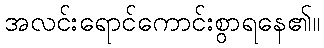
အလင်းရောင်ကောင်းစွာရနေ၏။